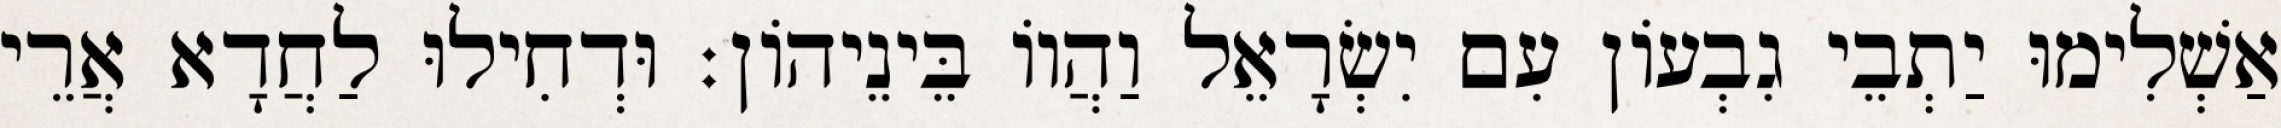
אַשְׁלִימוּ יַתְבֵי גִבְעוֹן עִם יִשְׂרָאֵל וַהֲווֹ בֵּינֵיהוֹן׃ וּדְחִילוּ לַחֲדָא אֲרֵי